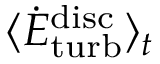
\langle \dot { E } _ { \mathrm { t u r b } } ^ { \mathrm { d i s c } } \rangle _ { t }